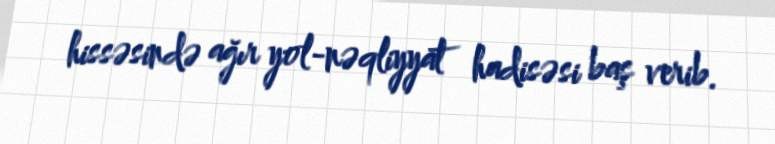
hissəsində ağır yol-nəqliyyat hadisəsi baş verib.